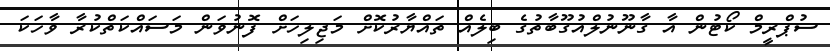
ސުޕްރީމް ކޯޓުން އާ ގާނޫނުލްއުގޫބާތުގެ ބިލެއް ތައްޔާރުކޮށް މަޖިލިހަށް ފޮނުވަން މަސައްކަތްކުރާ ވާހަކަ